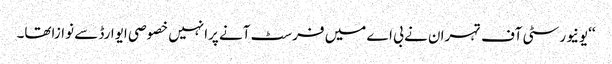
‘‘یونیورسٹی آف تہران نے بی اے میں فرسٹ آنے پرانہیں خصوصی ایوارڈ سے نوازاتھا۔